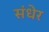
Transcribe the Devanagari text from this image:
संधेर